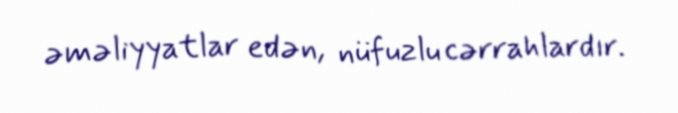
əməliyyatlar edən, nüfuzlu cərrahlardır.